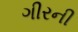
ગીરની